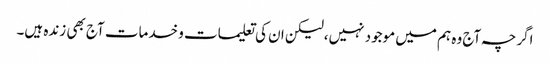
اگرچہ آج وہ ہم میں موجود نہیں،لیکن ان کی تعلیمات و خدمات آج بھی زندہ ہیں۔